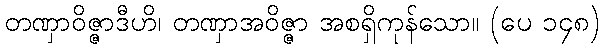
တဏှာဝိဇ္ဇာဒီဟိ၊ တဏှာအဝိဇ္ဇာ အစရှိကုန်သော။ (ပေ ၁၄၈)